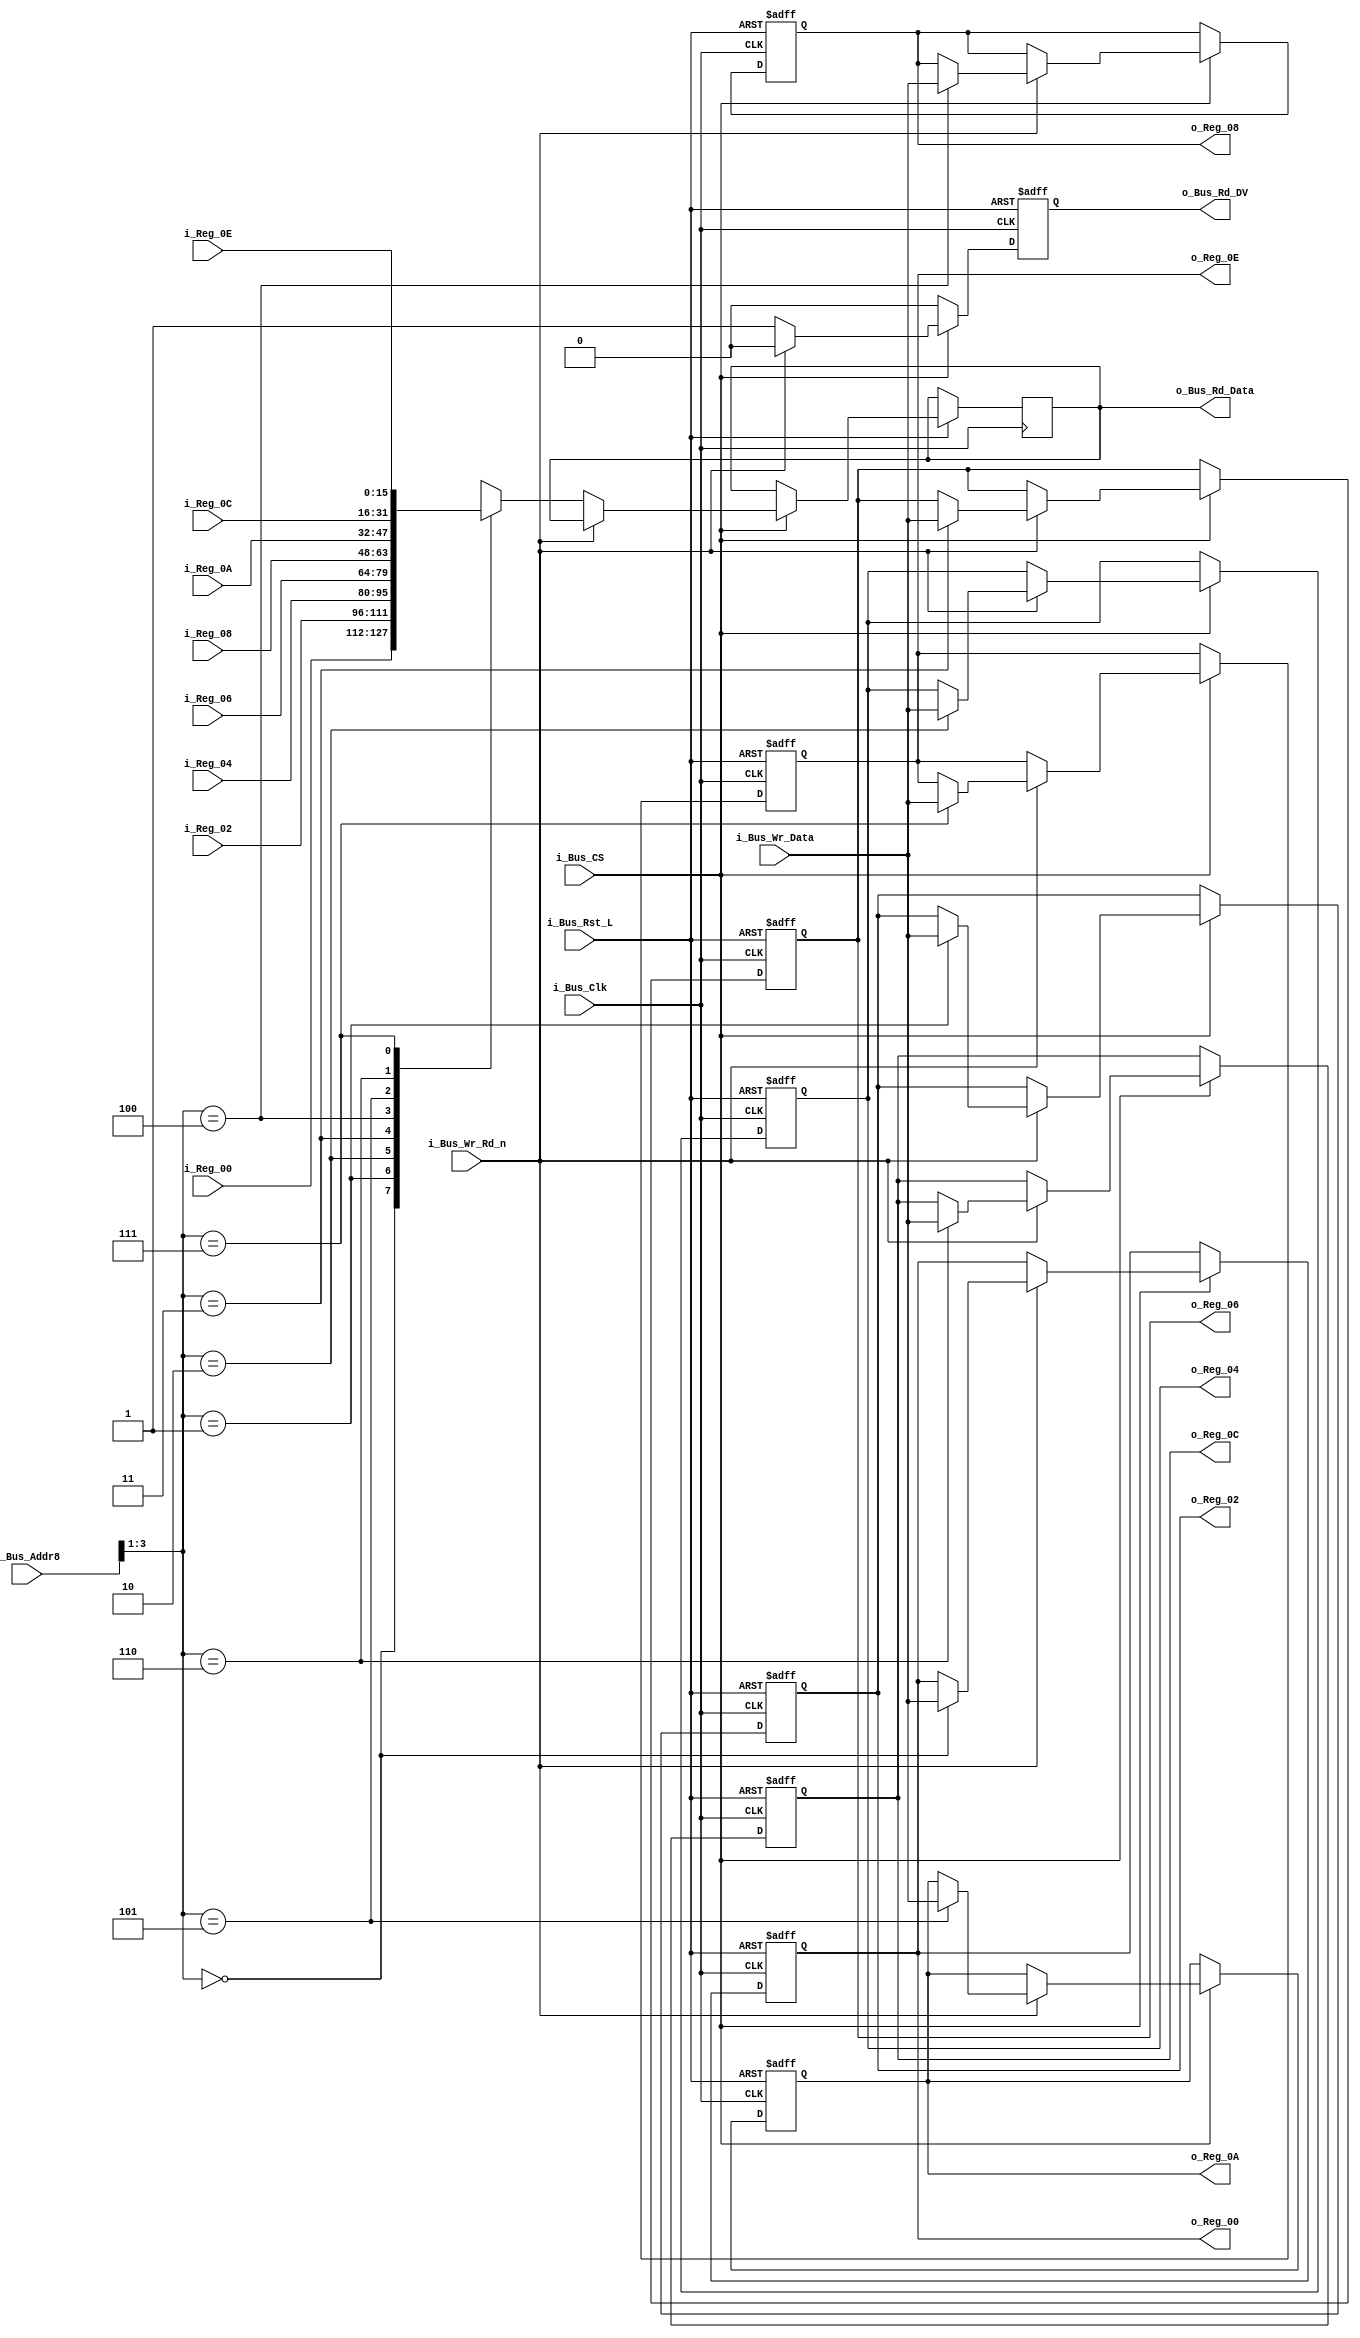
//////////////////////////////////////////////////////////////////////////////
// FPGA Bus Registers
// Contains 8 Readable/Writable Registers.
//
// Parameters:
// BUS_WIDTH - Recommended to set to 8, 16, or 32.
// INIT_XX   - Used to initalize registers to non-zero values.
//
// Note: Address is used to increment into entire word of g_BUS_WIDTH
//////////////////////////////////////////////////////////////////////////////
module Bus_Reg_X8 #(parameter INIT_00  = 0,
                    parameter INIT_02  = 0,
                    parameter INIT_04  = 0,
                    parameter INIT_06  = 0,
                    parameter INIT_08  = 0,
                    parameter INIT_0A  = 0,
                    parameter INIT_0C  = 0,
                    parameter INIT_0E  = 0)
 (input             i_Bus_Rst_L,
  input             i_Bus_Clk,
  input             i_Bus_CS,
  input             i_Bus_Wr_Rd_n,
  input [3:0]       i_Bus_Addr8,
  input [15:0]      i_Bus_Wr_Data,
  output reg [15:0] o_Bus_Rd_Data,
  output reg        o_Bus_Rd_DV,
  input [15:0]      i_Reg_00,
  input [15:0]      i_Reg_02,
  input [15:0]      i_Reg_04,
  input [15:0]      i_Reg_06,
  input [15:0]      i_Reg_08,
  input [15:0]      i_Reg_0A,
  input [15:0]      i_Reg_0C,
  input [15:0]      i_Reg_0E,
  output reg [15:0] o_Reg_00,
  output reg [15:0] o_Reg_02,
  output reg [15:0] o_Reg_04,
  output reg [15:0] o_Reg_06,
  output reg [15:0] o_Reg_08,
  output reg [15:0] o_Reg_0A,
  output reg [15:0] o_Reg_0C,
  output reg [15:0] o_Reg_0E);

  always @(posedge i_Bus_Clk or negedge i_Bus_Rst_L)
  begin
    if (~i_Bus_Rst_L)
    begin
      o_Bus_Rd_DV <= 1'b0;
      o_Reg_00   <= INIT_00;
      o_Reg_02   <= INIT_02;
      o_Reg_04   <= INIT_04;
      o_Reg_06   <= INIT_06;
      o_Reg_08   <= INIT_08;
      o_Reg_0A   <= INIT_0A;
      o_Reg_0C   <= INIT_0C;
      o_Reg_0E   <= INIT_0E;
    end
    else
    begin
      o_Bus_Rd_DV <= 1'b0;

      if (i_Bus_CS == 1'b1)
      begin
        if (i_Bus_Wr_Rd_n == 1'b1) // Write Command
        begin
          case (i_Bus_Addr8[3:1])
          3'b000 : o_Reg_00 <= i_Bus_Wr_Data;
          3'b001 : o_Reg_02 <= i_Bus_Wr_Data;
          3'b010 : o_Reg_04 <= i_Bus_Wr_Data;
          3'b011 : o_Reg_06 <= i_Bus_Wr_Data;
          3'b100 : o_Reg_08 <= i_Bus_Wr_Data;
          3'b101 : o_Reg_0A <= i_Bus_Wr_Data;
          3'b110 : o_Reg_0C <= i_Bus_Wr_Data;
          3'b111 : o_Reg_0E <= i_Bus_Wr_Data;
          endcase
        end
        else // Read Command
        begin
          o_Bus_Rd_DV   <= 1'b1;
          
          case (i_Bus_Addr8[3:1])
          3'b000 : o_Bus_Rd_Data <= i_Reg_00;
          3'b001 : o_Bus_Rd_Data <= i_Reg_02;
          3'b010 : o_Bus_Rd_Data <= i_Reg_04;
          3'b011 : o_Bus_Rd_Data <= i_Reg_06;
          3'b100 : o_Bus_Rd_Data <= i_Reg_08;
          3'b101 : o_Bus_Rd_Data <= i_Reg_0A;
          3'b110 : o_Bus_Rd_Data <= i_Reg_0C;
          3'b111 : o_Bus_Rd_Data <= i_Reg_0E;
          endcase 
        end // else: !if(i_Bus_Wr_Rd_n == 1'b1)
      end // if (i_Bus_CS == 1'b1)
    end // else: !if(!i_Bus_Rst_L)
  end // always @ (posedge i_Bus_Clk or negedge i_Bus_Rst_L)

endmodule